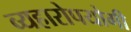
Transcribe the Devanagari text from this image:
व्यहारोपयोगी